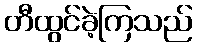
တီထွင်ခဲ့ကြသည်